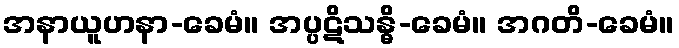
အနာယူဟနာ-ခေမံ။ အပ္ပဋိသန္ဓိ-ခေမံ။ အဂတိ-ခေမံ။